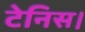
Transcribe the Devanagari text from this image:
टेनिस।